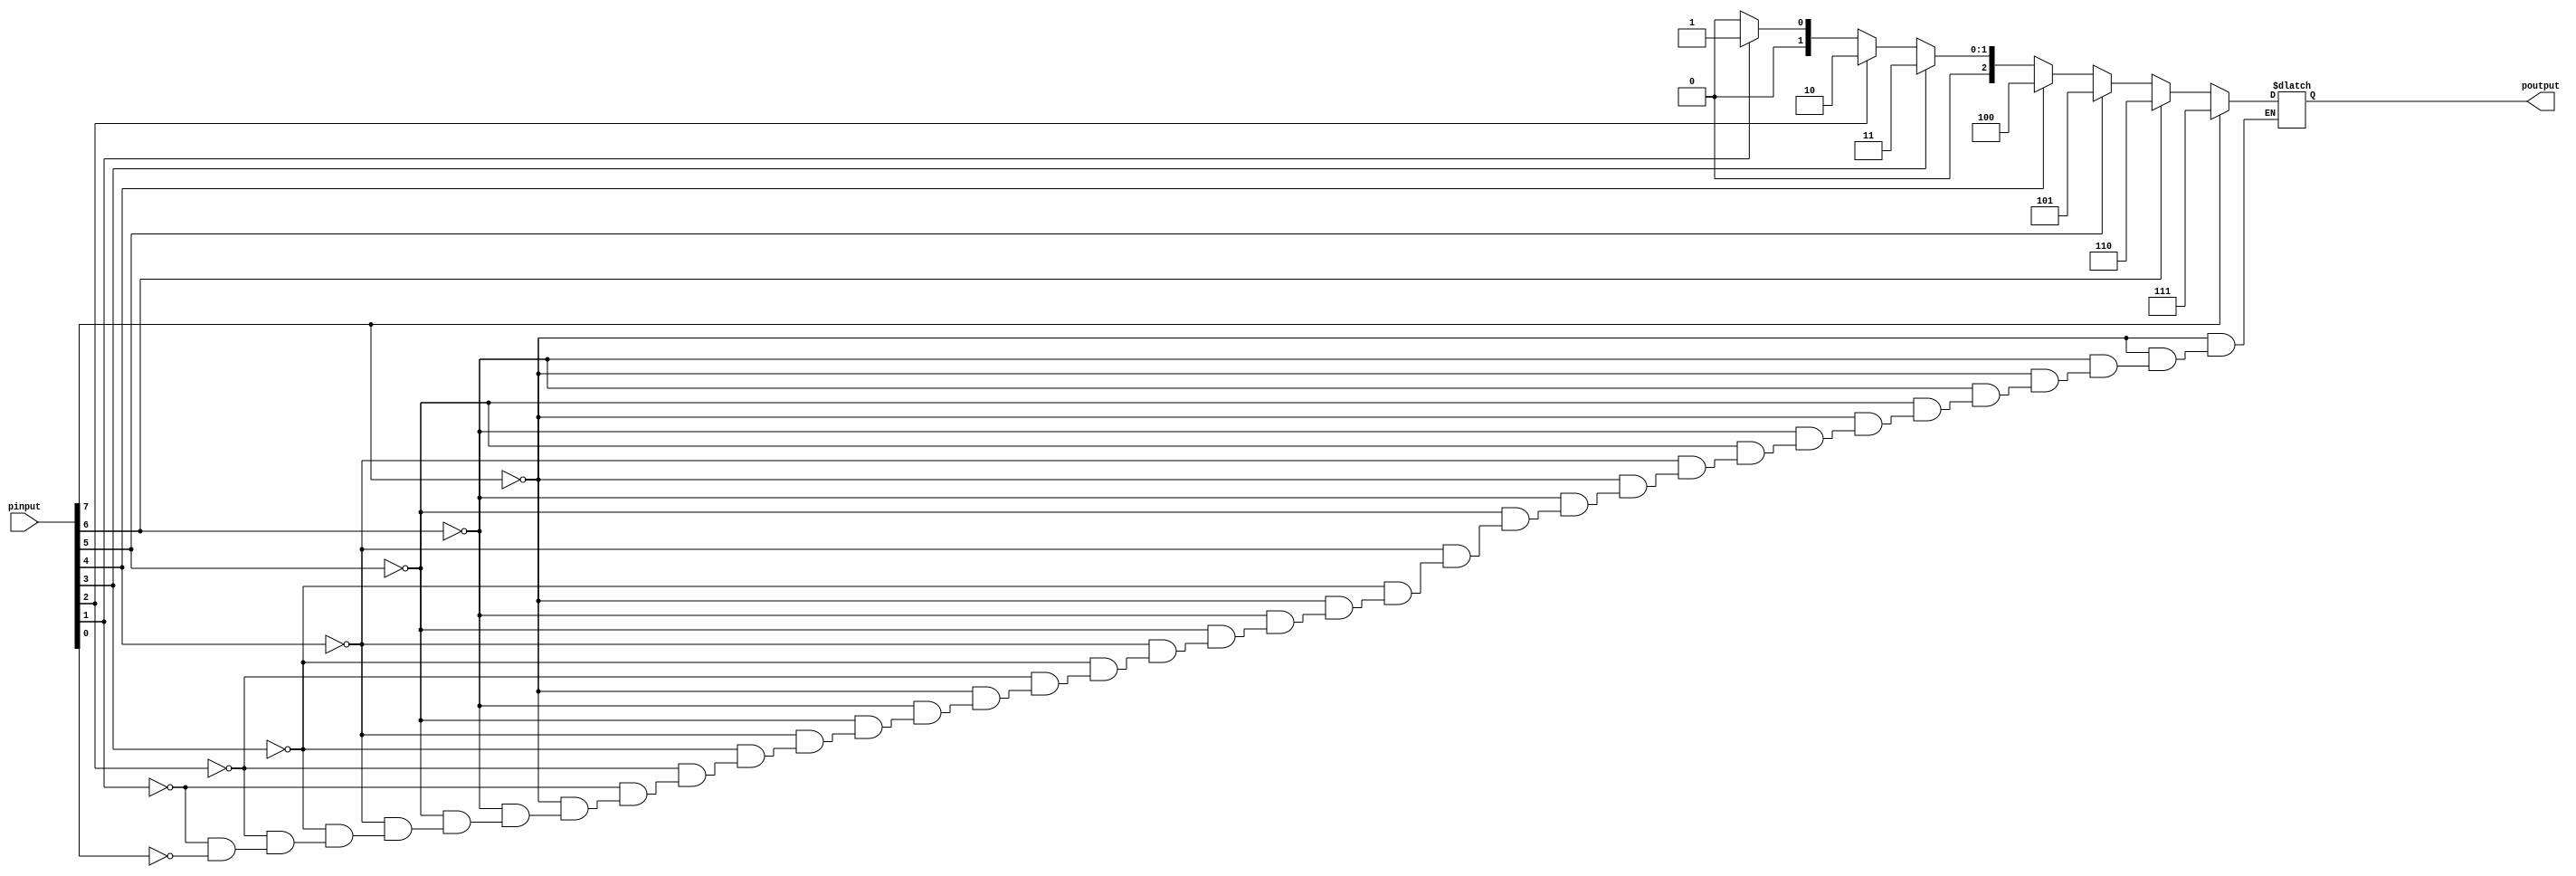
module PR_ENC(pinput, poutput);

	// Defining inputs and outputs
	input [7:0]pinput;			// 8-bit User Input
	output reg [2:0]poutput;	// 3-bit output

always @(pinput)
	begin
		if (pinput[7]==1'b1) poutput=3'b111;		// Highest Priority
		else if (pinput[6]==1'b1) poutput=3'b110;
		else if (pinput[5]==1'b1) poutput=3'b101;
		else if (pinput[4]==1'b1) poutput=3'b100;
		else if (pinput[3]==1'b1) poutput=3'b011;
		else if (pinput[2]==1'b1) poutput=3'b010;
		else if (pinput[1]==1'b1) poutput=3'b001;
		else if (pinput[0]==1'b1) poutput=3'b000;	// Lowest Priority
	end 
endmodule